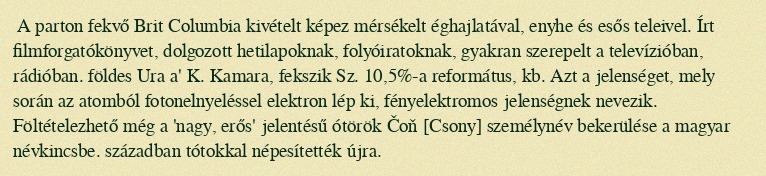
A parton fekvő Brit Columbia kivételt képez mérsékelt éghajlatával, enyhe és esős teleivel. Írt filmforgatókönyvet, dolgozott hetilapoknak, folyóiratoknak, gyakran szerepelt a televízióban, rádióban. földes Ura a' K. Kamara, fekszik Sz. 10,5%-a református, kb. Azt a jelenséget, mely során az atomból fotonelnyeléssel elektron lép ki, fényelektromos jelenségnek nevezik. Föltételezhető még a 'nagy, erős' jelentésű ótörök Čoň [Csony] személynév bekerülése a magyar névkincsbe. században tótokkal népesítették újra.